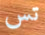
تس